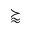
\succapprox